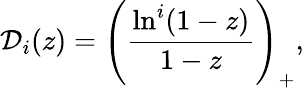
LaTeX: {\cal D}_{i}(z)=\left(\frac{\ln^{i}(1-z)}{1-z}\right)_{+},